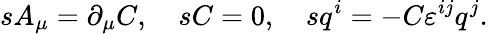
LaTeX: sA_{\mu}=\partial_{\mu}C,\quad sC=0,\quad sq^{i}=-C\varepsilon^{ij}q^{j}.